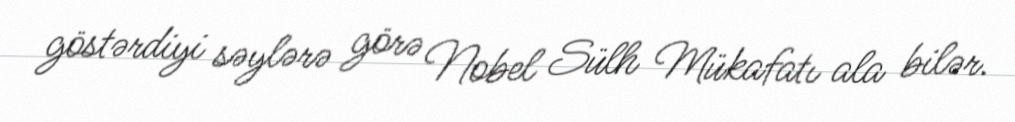
göstərdiyi səylərə görə Nobel Sülh Mükafatı ala bilər.